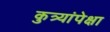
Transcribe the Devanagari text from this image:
कुत्र्यांपेक्षा